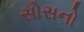
સોસનો